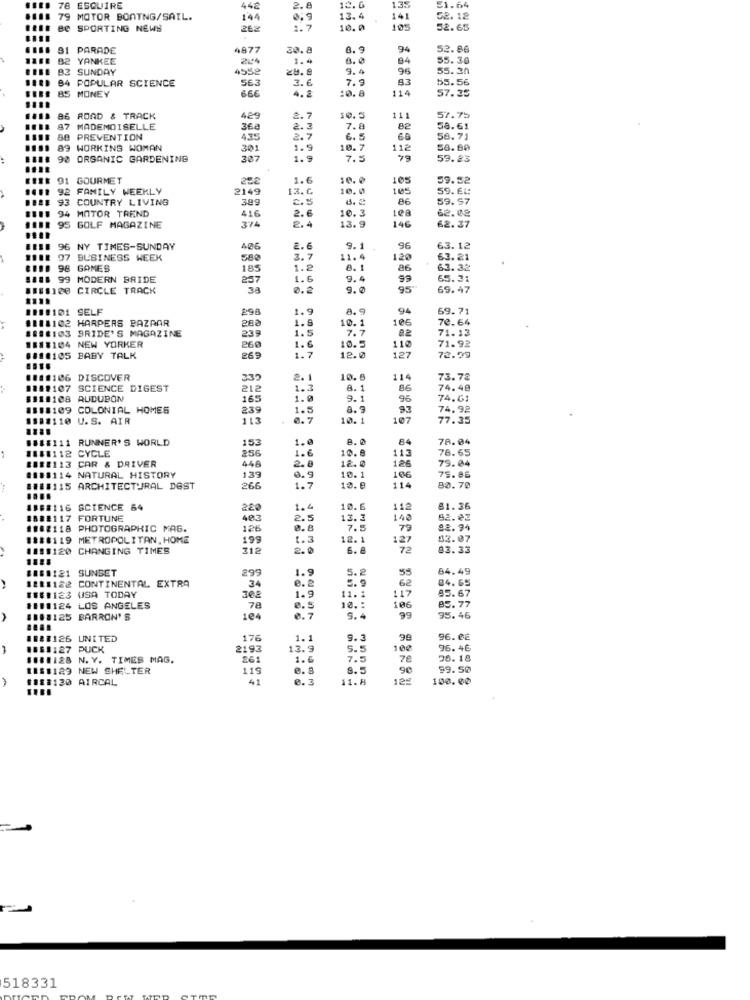
135
78
ESQUIRE
442
2.8
79 MOTOR BOATNG/SAIL.
144
0.9
13.4
141
52. 12
Be SPORTING NEWS
262
10.0
105
52.65
91 PARADE
4877
30.8
6.9
94
52.86
B2 YANKEE
2.44
1.4
8.0
94
55.30
BZ SUNDAY
4552
zł. e
9.4
96
55.30
84 POPULAR SCIENCE
563
3.6
7.9
83
55.56
85 MONEY
666
4.2
114
57.35
:0. 8
B6
ROAD & TRACK
429
2. 7
111
57.75
87 MADEMOISELLE
368
2.3
7.8
82
58.61
BB PREVENTION
435
2.7
6. 5
60
58.71
89 WORKING WOMAN
301
1.9
10.7
112
58.80
90 ORGANIC GARDENING
307
1.9
7.5
59.23
91 GOURMET
1.6
10.0
105
59.52
92 FAMILY WEEKLY
2149
10. 0
105
93 COUNTRY LIVING
389
2.5
59.97
94 MOTOR TREND
416
62.02
374
2.6
10.3
146
62.37
95 GOLF MAGAZINE
13. 9
96 NY TIMES-SUNDAY
406
2.6
9.1
96
63.12
97
BUSINESS WEEK
580
3.
11.4
120
63.21
98 GAMES
185
1.2
8. 1
86
63.32
108 99 MODERN BRIDE
257
1.6
9.4
65.31
B18100 CIRCLE TRACK
38
0.2
9.0
95
69.47
111:101 SELF
298
1.9
8.9
94
69.71
1111102
HARPERS BAZAAR
288
1.8
100
72.64
BRIDE'S MAGAZINE
239
1.5
10.1
7.7
a2
71.13
1118104 NEW YORKER
260
71.92
1.6
10.5
110
1110105 BABY TALK
269
1.
12.0
127
72.79
111:106 DISCOVER
339
2.
10.6
114
73.78
1119107
SCIENCE DIGEST
212
1.3
8.1
86
74.48
$11:108 AUDUBON
165
1.0
9.1
96
74.61
1118109 COLONIAL HOMES
239
1.5
8.9
93
74.92
11:#110 U.S. AIR
113
0. 7
10.1
107
77.35
1888111 RUNNER'S WORLD
153
84
78.04
1111112
CYCLE
1.
10.8
113
78.65
8188113
CAR & DRIVER
256
126
79.04
448
2.0
18.0
#1#8114 NATURAL HISTORY
139
8.9
10.1
106
75.86
8188115 ARCHITECTURAL DOST
266
1.
12.8
114
50.70
11B#116 SCIENCE 64
220
1.4
10.6
112
81.36
188:117 FORTUNE
403
2.5
13.3
140
92.82
1182118
PHOTOGRAPHIC MAG.
126
0.8
7.5
79
92. 94
18:8119 METROPOLITAN. HOME
199
1.3
12.1
127
83.07
11:$120 CHANGING TIMES
₹12
2.0
6.8
72
93.33
1181121 SUNSET
299
1.9
5.2
55
84.49
34
5.9
62
84.65
121112& CONTINENTAL EXTRA
11 1123
USA TODAY
308
0.2
85.67
1.9
11.1
117
1111124 LOS ANGELES
78
0.5
10 .:
106
95.77
1108125 BARRON'S
164
0.7
9.4
95.46
11&#126 UNITED
176
1.1
9.3
99
96.08
11:1:27 PUCK
2193
13.9
5.5
100
95.46
ISBN128 N. Y. TIMES MAG.
261
1.6
7.5
7€
20. 18
1181129 NEW SHELTER
119
99.50
#8 :: 120 AIRCAL
41
0. 3
11.8
125
100.00
518331